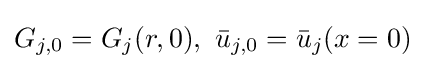
G_{j,0}=G_{j}(r,0),\ {\bar {u}}_{j,0}={\bar {u}}_{j}(x=0)